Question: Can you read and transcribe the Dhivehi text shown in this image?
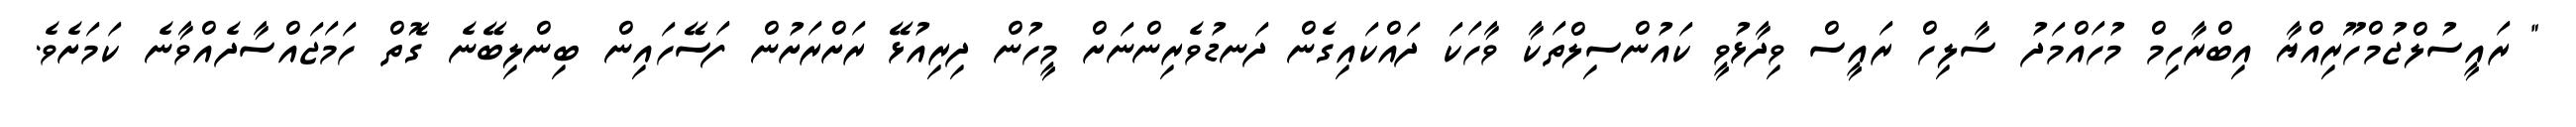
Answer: " ރައީސުލްޖުމްހޫރިއްޔާ އިބްރާހިމް މުހައްމަދު ސާލިހް ރައީސް ވިދާޅުވީ ކައުންސިލްތަކާ ވާހަކަ ދައްކައިގެން ދަނޑުވެރިންނަށް މީހުން ދިރިއުޅޭ ރަށްރަށުން ފަސޭހައިން ބިންލިބޭނެ ގޮތް ހަމަޖައްސާދެއްވާނެ ކަމަށެވެ.